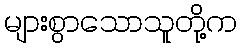
များစွာသောသူတို့က